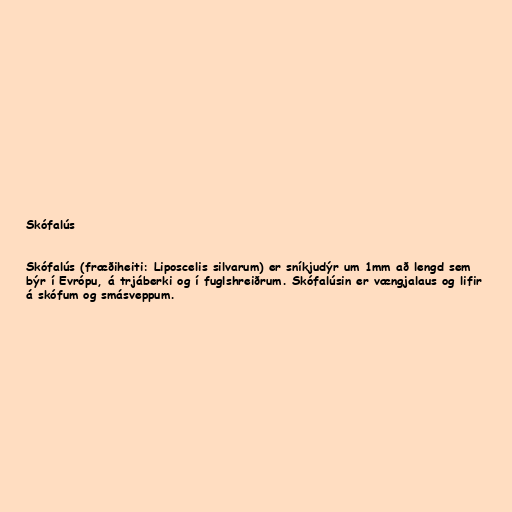
Skófalús

Skófalús (fræðiheiti: Liposcelis silvarum) er sníkjudýr um 1mm að lengd sem
býr í Evrópu, á trjáberki og í fuglshreiðrum. Skófalúsin er vængjalaus og lifir
á skófum og smásveppum.